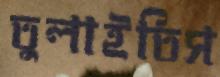
তুলাইতিস